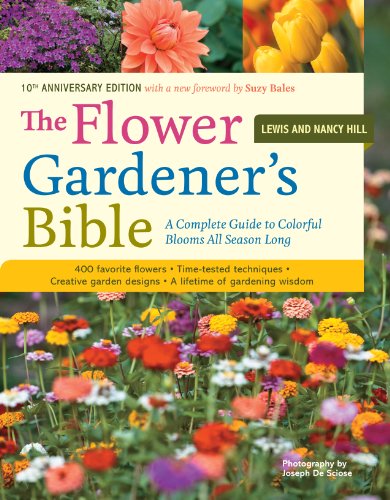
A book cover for The Flower Gardener's Bible: A Complete Guide to Colorful Blooms All Season Long; 10th Anniversary Edition with a new foreword by Suzy Bales; Lewis Hill; Crafts, Hobbies & Home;